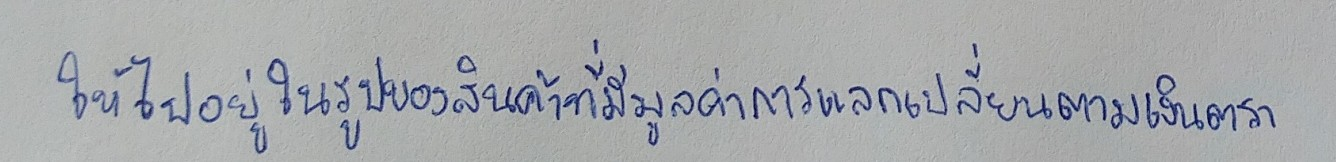
ให้ไปอยู่ในรูปของสินค้าที่มีมูลค่าการแลกเปลี่ยนตามเงินตรา